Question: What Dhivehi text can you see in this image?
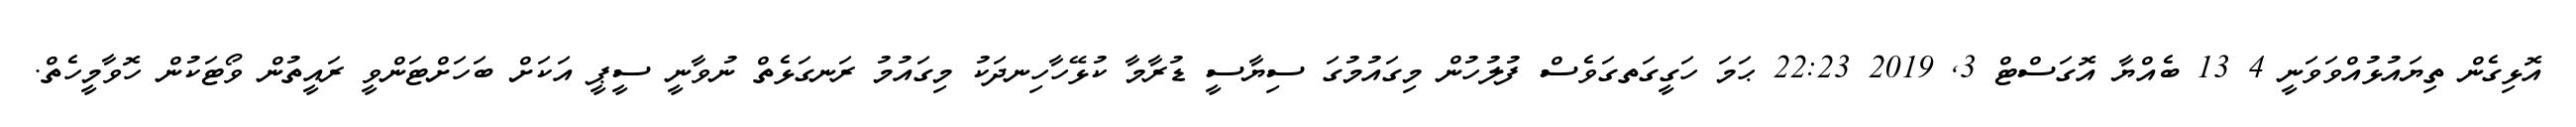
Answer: އޮޅިގެން ތިޔައުޅުއްވަވަނީ 4 13 ބެއްޔާ އޮގަސްޓް 3, 2019 22:23 ޙަމަ ހަގީގަތގަވެސް ފުލުހުން މިގައުމުގަ ސިޔާސީ ޑުރާމާ ކުޅޭހާހިނދަކު މިގައުމު ރަނގަޅެތް ނުވާނީ ސީޕީ އަކަށް ބަހަށްޓަންވީ ރައީތުން ވޯޓަކުން ހޮވާމީހެތް.